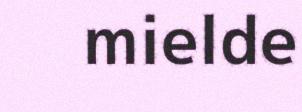
mielde